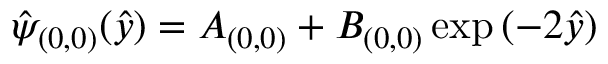
\hat { \psi } _ { ( 0 , 0 ) } ( \hat { y } ) = A _ { ( 0 , 0 ) } + B _ { ( 0 , 0 ) } \exp { ( - 2 \hat { y } ) }